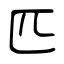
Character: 匹